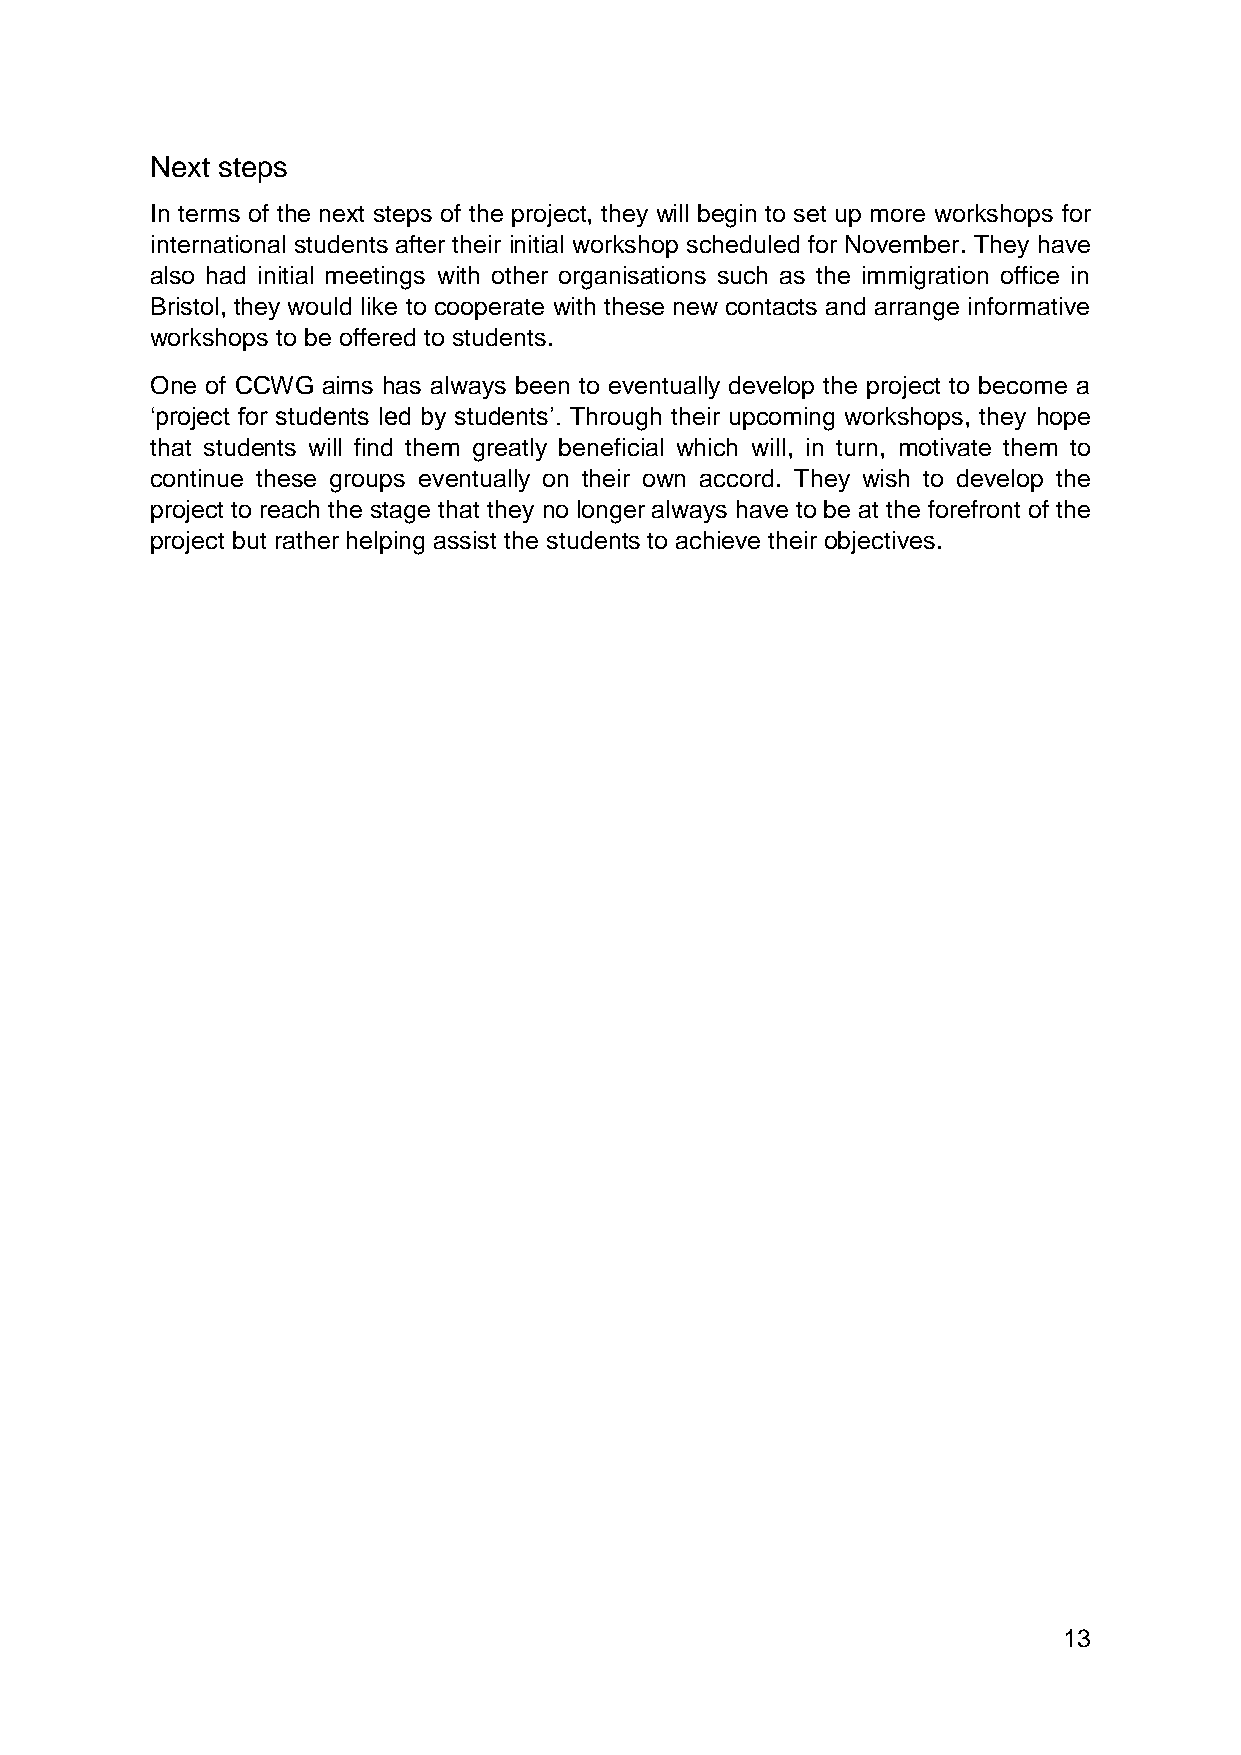
Next steps
 In terms of the next steps of the project, they will begin to set up more workshops for
 international students after their initial workshop scheduled for November. They have
 also had initial meetings with other organisations such as the immigration office in
 Bristol, they would like to cooperate with these new contacts and arrange informative
 workshops to be offered to students.
 One of CCWG aims has always been to eventually develop the project to become a
 ‘project for students led by students’. Through their upcoming workshops, they hope
 that students will find them greatly beneficial which will, in turn, motivate them to
 continue these groups eventually on their own accord. They wish to develop the
 project to reach the stage that they no longer always have to be at the forefront of the
 project but rather helping assist the students to achieve their objectives.
 13